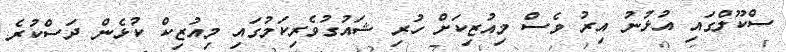
ސްކޫލްގައި އުޅުނު އިރު ވެސް މިއުޒިކަށް ހުރި ޝައުގުވެރިކަމުގައި މިއުޒިކް ކުޅެން ދަސްކުރެ